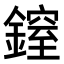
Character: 𨫐